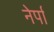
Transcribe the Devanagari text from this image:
नेर्पा